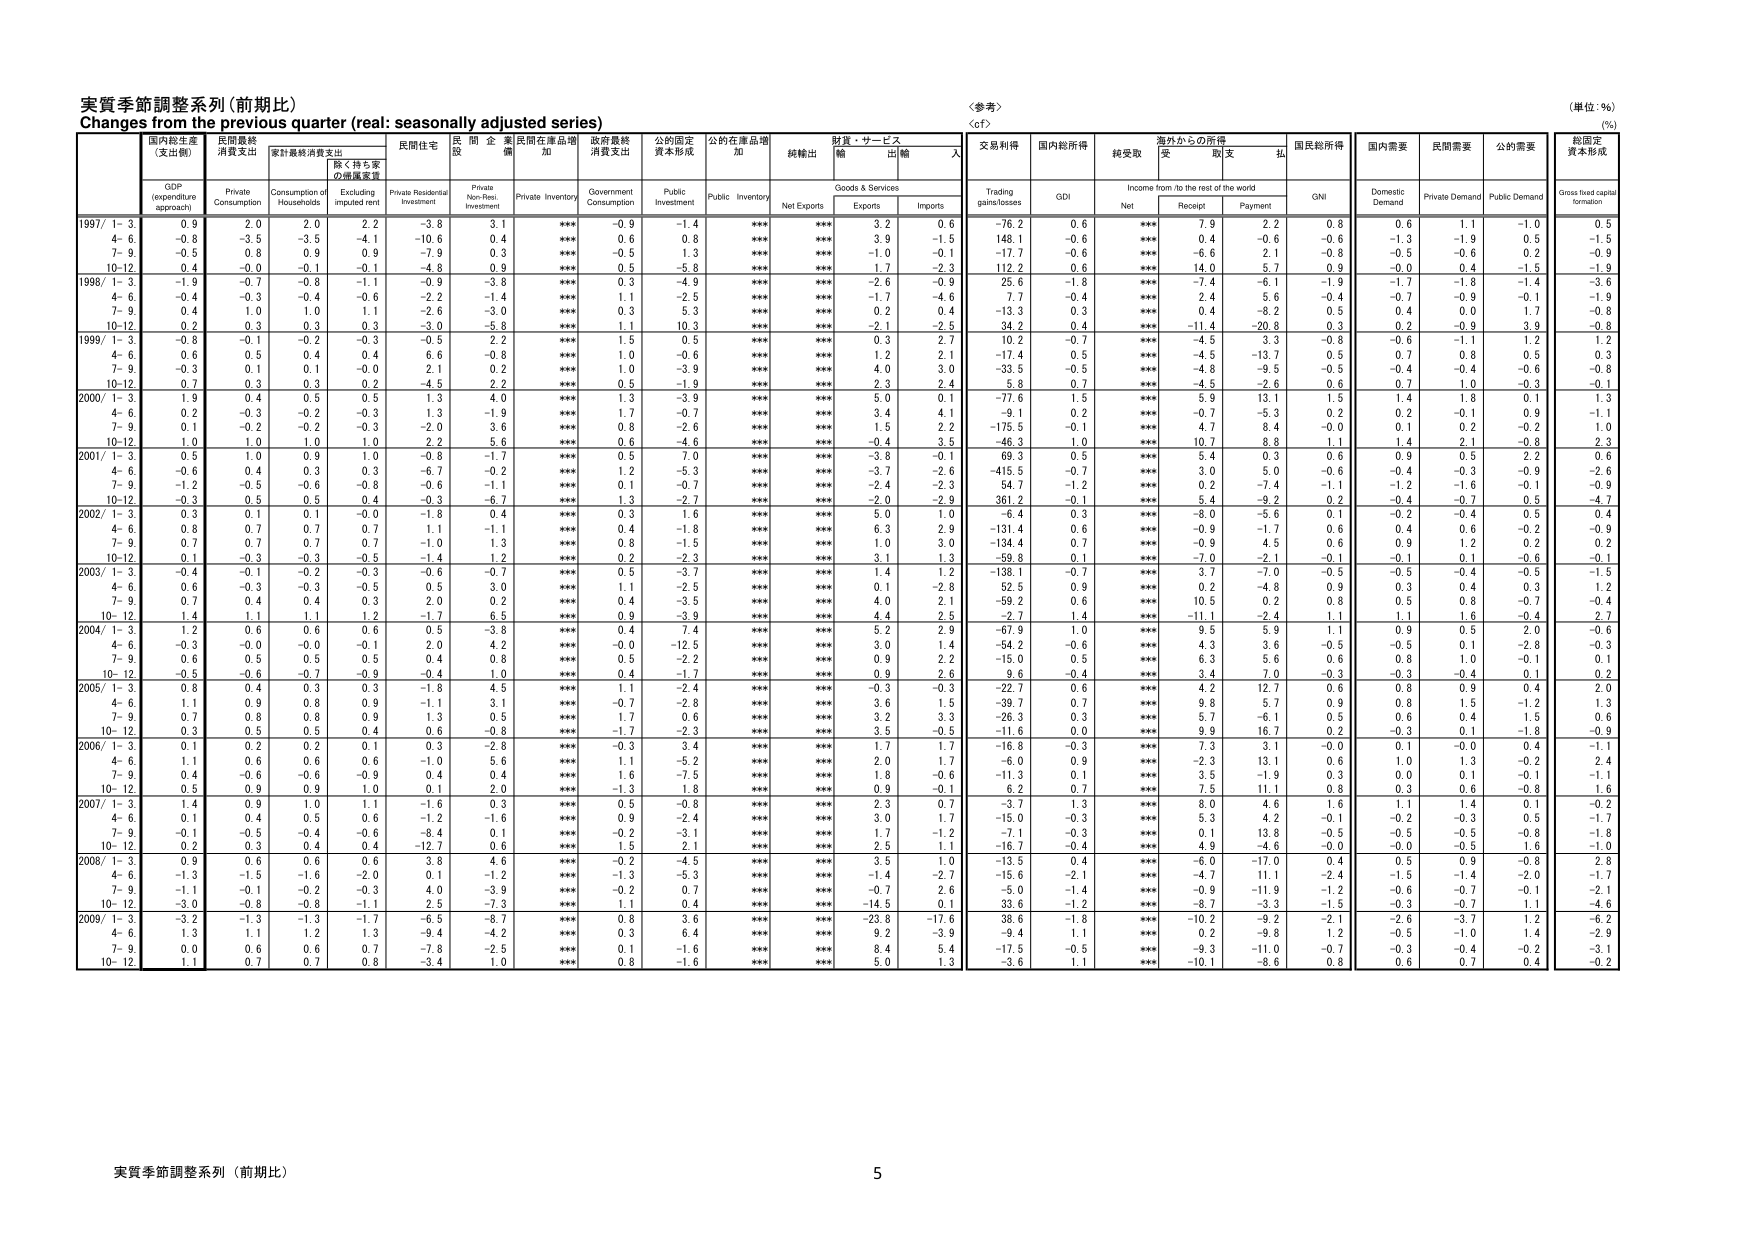
実質季節調整系列（前期比）
Changes from the previous quarter (real: seasonally adjusted series)
（参考）
（単位：％）
（%）

国内総生産
（支出側）
GDP
(expenditure
approach)
民間最終
消費支出
Private
Consumption
家計最終消費支出
Consumption of
Households
除く持ち家
の価値変動
Excluding
imputed rent
民間住宅
Private Residential
Investment
民間非住宅
投資
Private Non-Resi.
Investment
民間在庫増加
Private Inventory
政府最終
消費支出
Government
Consumption
公的固定
資本形成
Public
Investment
公的在庫増加
Public Inventory
純輸出
Net Exports
財貨・サービス
輸出
Exports
輸入
Imports
交易利得
Trading
gains/losses
国内総所得
GDI
純受取
Net
海外からの所得
Income from /to the rest of the world
受取
Receipt
支払
Payment
国民総所得
GNI
国内需要
Domestic
Demand
民間需要
Private Demand
公的需要
Public Demand
総固定
資本形成
Gross fixed capital
formation

1997/ 1- 3
0.9
2.0
2.0
2.2
-3.8
3.1
***
-0.9
-1.4
***
***
3.2
0.6
-76.2
0.6
***
7.9
2.2
0.8
0.6
1.1
-1.0
0.5
4- 6
0.8
-3.5
-3.5
-4.1
-10.6
0.4
***
0.6
0.8
***
***
3.9
-1.5
148.1
-0.6
***
0.4
-0.6
-0.6
-1.3
-1.9
0.5
-1.5
7- 9
-0.5
0.8
0.9
-0.9
-7.9
0.3
***
-0.5
1.3
***
***
1.0
-0.1
-17.7
-0.6
***
-7.6
2.1
-0.8
-0.5
-0.6
0.2
-0.9
10-12
0.4
-0.0
-0.1
-0.1
-4.8
0.9
***
0.5
-5.8
***
***
1.7
-2.3
112.2
0.6
***
14.0
5.7
0.9
-0.0
0.4
-1.5
-1.9

1998/ 1- 3
-1.9
-0.7
-0.8
-1.1
-0.9
-3.8
***
0.3
-4.9
***
***
-2.6
-0.9
25.6
-1.8
***
-7.4
-6.1
-1.9
-1.7
-1.8
-1.4
-3.6
4- 6
-0.4
-0.3
-0.4
-0.6
-2.2
-1.4
***
1.1
-2.5
***
***
-1.7
-4.6
7.7
-0.4
***
2.4
5.6
-0.4
-0.7
-0.9
-0.1
-1.9
7- 9
0.4
1.0
1.0
1.1
-2.6
-3.0
***
0.3
5.3
***
***
0.2
0.4
-13.3
0.3
***
0.4
-8.2
0.5
0.4
0.0
1.7
-0.8
10-12
0.2
0.3
0.3
0.3
-3.0
-5.8
***
1.1
10.3
***
***
-2.1
-2.5
34.2
0.4
***
-11.4
-20.8
0.3
0.2
-0.9
3.9
-0.8

1999/ 1- 3
-0.8
-0.1
-0.2
-0.3
-0.5
2.2
***
1.5
0.5
***
***
0.3
2.7
10.2
-0.7
***
-4.5
3.3
-0.8
-0.6
-1.1
1.2
1.2
4- 6
0.6
0.5
0.4
0.4
6.6
-0.8
***
1.0
-0.6
***
***
1.2
2.1
-17.4
0.5
***
-4.5
-13.7
0.5
0.7
0.8
0.5
0.3
7- 9
-0.3
0.1
0.1
-0.0
2.1
0.2
***
1.0
-3.9
***
***
4.0
3.0
-33.5
-0.5
***
-4.8
-9.5
-0.5
-0.4
-0.4
-0.6
-0.8
10-12
0.7
0.3
0.3
0.2
-4.5
2.2
***
0.5
-1.9
***
***
2.3
2.4
5.8
0.7
***
-4.5
-2.6
0.6
0.7
1.0
-0.3
-0.1

2000/ 1- 3
1.9
0.4
0.5
0.5
1.3
4.0
***
1.3
-3.9
***
***
5.0
0.1
-77.6
1.5
***
5.9
13.1
1.5
1.4
1.8
0.1
1.3
4- 6
-0.2
-0.3
-0.2
-0.3
1.3
-1.7
***
1.7
-0.7
***
***
3.4
4.1
-9.1
0.2
***
-0.7
-5.3
0.2
0.2
-0.1
0.9
-1.1
7- 9
0.1
-0.2
-0.2
-0.3
-2.0
3.6
***
0.8
-2.6
***
***
1.5
2.2
-175.5
-0.1
***
4.7
8.4
-0.0
0.1
0.2
-0.2
1.0
10-12
1.0
1.0
1.0
1.0
2.2
5.6
***
0.6
-4.6
***
***
-0.4
3.5
-46.3
1.0
***
10.7
8.8
1.1
1.4
2.1
-0.8
2.3

2001/ 1- 3
0.5
1.0
0.9
1.0
-0.8
-1.7
***
0.5
7.0
***
***
-3.8
-0.1
69.3
0.5
***
5.4
0.3
0.6
0.9
0.5
2.2
0.6
4- 6
-0.6
0.4
0.3
0.3
-6.7
-0.2
***
1.2
-5.3
***
***
-3.7
-2.6
-415.5
-0.7
***
3.0
5.0
-0.6
-0.4
-0.3
-0.9
-2.6
7- 9
-1.2
-0.5
-0.6
-0.8
-0.6
-1.1
***
0.1
-0.7
***
***
-2.4
-2.3
54.7
-1.2
***
0.2
-7.4
-1.1
-1.2
-1.6
-0.1
-0.9
10-12
-0.3
0.5
0.5
0.4
-0.3
-6.7
***
1.3
-2.7
***
***
-2.0
-2.9
361.2
-0.1
***
5.4
-9.2
0.2
-0.4
-0.7
0.5
-4.7

2002/ 1- 3
0.3
0.1
0.1
-0.0
-1.8
0.4
***
0.3
1.6
***
***
5.0
1.0
-6.4
0.3
***
-8.0
-5.6
0.1
-0.2
-0.4
0.5
0.4
4- 6
0.8
0.7
0.7
0.7
1.1
-1.1
***
0.4
-1.8
***
***
6.3
2.9
-131.4
0.6
***
-0.9
-1.7
0.6
0.4
0.6
-0.2
-0.9
7- 9
0.7
0.7
0.7
0.7
-1.0
1.3
***
0.8
-1.5
***
***
1.0
3.0
-134.4
0.7
***
-0.9
4.5
0.6
0.9
1.2
0.2
0.2
10-12
0.3
-0.3
-0.3
-0.5
-1.4
1.2
***
0.2
-2.3
***
***
3.1
1.3
-59.8
-0.1
***
-7.0
-2.1
-0.1
-0.1
0.1
-0.6
-0.1

2003/ 1- 3
-0.4
-0.1
-0.2
-0.3
-0.6
-0.7
***
0.5
-3.7
***
***
-1.4
1.2
-138.1
-0.7
***
3.7
-7.0
-0.5
-0.5
-0.4
-0.5
-1.5
4- 6
0.6
-0.3
-0.3
-0.5
0.5
3.0
***
1.1
-2.5
***
***
0.1
-2.8
52.5
0.9
***
0.2
-4.8
0.9
0.3
0.4
0.3
1.2
7- 9
0.7
0.4
0.4
0.3
2.0
0.2
***
0.4
-3.5
***
***
4.0
2.1
-59.2
0.6
***
10.5
0.2
0.8
0.5
0.8
-0.7
-0.4
10-12
1.4
1.1
1.1
1.2
-1.7
6.5
***
0.9
-3.9
***
***
4.4
2.5
-2.7
1.4
***
-11.1
-2.4
1.1
1.1
1.6
-0.4
2.7

2004/ 1- 3
1.2
0.6
0.6
0.6
0.5
-3.8
***
0.4
7.4
***
***
5.2
2.9
-67.9
1.0
***
9.5
5.9
1.1
0.9
0.5
2.0
-0.6
4- 6
-0.3
-0.0
-0.0
-0.1
2.0
4.2
***
-0.0
-12.5
***
***
3.0
1.4
-54.2
-0.6
***
4.3
3.6
-0.5
-0.5
0.1
-2.8
-0.3
7- 9
0.6
0.5
0.5
0.5
0.4
0.8
***
0.5
-2.2
***
***
0.9
2.2
-15.0
0.5
***
6.3
5.6
0.6
0.8
1.0
-0.1
0.1
10-12
-0.5
-0.6
-0.7
-0.9
-0.4
1.0
***
0.4
-1.7
***
***
0.9
2.6
9.6
-0.4
***
3.4
7.0
-0.3
-0.3
-0.4
0.1
0.2

2005/ 1- 3
0.8
0.4
0.3
0.3
-1.8
4.5
***
1.1
-2.4
***
***
-0.3
-0.3
-22.7
0.6
***
4.2
12.7
0.6
0.8
0.9
0.4
2.0
4- 6
1.1
0.9
0.8
0.9
-1.1
3.1
***
-0.7
-2.8
***
***
3.6
1.5
-39.7
0.7
***
9.8
5.7
0.9
0.8
1.5
-1.2
1.3
7- 9
0.7
0.8
0.8
0.9
1.3
0.5
***
1.7
0.6
***
***
3.2
3.3
-26.3
0.3
***
5.7
-6.1
0.5
0.6
0.4
1.5
0.6
10-12
0.3
0.5
0.5
0.4
0.6
-0.8
***
-1.7
-2.3
***
***
3.5
-0.5
-11.6
0.0
***
9.9
16.7
0.2
-0.3
0.1
-1.8
-0.9

2006/ 1- 3
0.1
0.2
0.2
0.1
0.3
-2.8
***
-0.3
3.4
***
***
1.7
1.7
-16.8
-0.3
***
7.3
3.1
-0.0
0.1
-0.0
0.4
-1.1
4- 6
1.1
0.6
0.6
0.6
-1.0
5.6
***
1.1
-5.2
***
***
2.0
1.7
-6.0
0.9
***
-2.3
13.1
0.6
1.0
1.3
-0.2
2.4
7- 9
0.4
-0.6
-0.6
-0.9
0.4
0.4
***
1.6
-7.5
***
***
1.8
-0.6
-11.3
0.1
***
3.5
-1.9
0.3
0.0
0.1
-0.1
-1.1
10-12
0.5
0.9
0.9
1.0
0.1
2.0
***
-1.3
1.8
***
***
0.9
-0.1
6.2
0.7
***
7.5
11.1
0.8
0.3
0.6
-0.8
1.6

2007/ 1- 3
1.4
0.9
1.0
1.1
-1.6
0.3
***
0.5
-0.8
***
***
2.3
0.7
-3.7
1.3
***
8.0
4.6
1.6
1.1
1.4
0.1
-0.2
4- 6
0.1
0.4
0.5
0.6
-1.2
-1.6
***
0.9
-2.4
***
***
3.0
1.7
-15.0
-0.3
***
5.3
4.2
-0.1
-0.2
-0.3
0.5
-1.7
7- 9
-0.1
-0.5
-0.4
-0.6
-8.4
0.1
***
-0.2
-3.1
***
***
1.7
-1.2
-7.1
-0.3
***
0.1
13.8
-0.5
-0.5
-0.5
-0.8
-1.8
10-12
0.2
0.3
0.4
0.4
-12.7
0.6
***
1.5
2.1
***
***
2.5
1.1
-16.7
-0.4
***
4.9
-4.6
-0.0
-0.0
-0.5
1.6
-1.0

2008/ 1- 3
0.9
0.6
0.6
0.6
3.8
4.6
***
-0.2
-4.5
***
***
3.5
1.0
-13.5
0.4
***
-6.0
-17.0
0.4
0.5
0.9
-0.8
2.8
4- 6
-1.3
-1.5
-1.6
-2.0
0.1
-1.2
***
-1.3
-5.3
***
***
-1.4
-2.7
-15.6
-2.1
***
-4.7
11.1
-2.4
-1.5
-1.4
-2.0
1.7
7- 9
-1.1
-0.1
-0.2
-0.3
4.0
-3.9
***
-0.2
0.7
***
***
-0.7
-2.6
-5.0
-1.4
***
-0.9
-11.9
-1.2
-0.6
-0.7
-0.1
-2.1
10-12
-3.0
-0.8
-0.8
-1.1
2.5
-7.3
***
1.1
0.4
***
***
-14.5
0.1
33.6
-1.2
***
-8.7
-3.3
-1.5
-0.3
-0.7
1.1
-4.6

2009/ 1- 3
-3.2
-1.3
-1.3
-1.7
-6.5
-8.7
***
0.8
3.6
***
***
-23.8
-17.6
38.6
-1.8
***
-10.2
-9.2
-2.1
-2.6
-3.7
1.2
-6.2
4- 6
1.3
1.1
1.2
1.3
-9.4
-4.2
***
0.3
6.4
***
***
9.2
-3.9
-9.4
1.1
***
0.2
-9.8
1.2
-0.5
-1.0
1.4
-2.9
7- 9
0.0
0.6
0.6
0.7
-7.8
-2.5
***
0.1
-1.6
***
***
8.4
5.4
-17.5
-0.5
***
-9.3
-11.0
-0.7
-0.3
-0.4
-0.2
-3.1
10-12
1.1
0.7
0.7
0.8
-3.4
1.0
***
0.8
-1.6
***
***
5.0
1.3
-3.6
1.1
***
-10.1
-8.6
0.8
0.6
0.7
0.4
-0.2

実質季節調整系列（前期比）
5